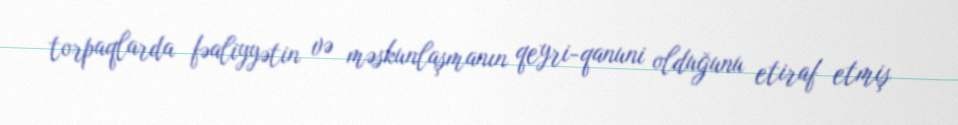
torpaqlarda fəaliyyətin və məskunlaşmanın qeyri-qanuni olduğunu etiraf etmiş